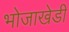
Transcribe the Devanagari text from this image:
भोजाखेडी